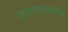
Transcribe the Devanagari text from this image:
ससाण्यासारखा